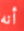
أنه